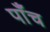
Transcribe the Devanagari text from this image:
पाँंच